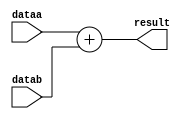
// Quartus Prime Verilog Template
// Unsigned Adder

module adder
#(parameter WIDTH=16)
(
	input [WIDTH-1:0] dataa,
	input [WIDTH-1:0] datab,
	output [WIDTH:0] result
);

	assign result = dataa + datab;
	
endmodule